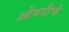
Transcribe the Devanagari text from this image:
ओवरीचे